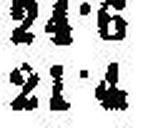
21·4